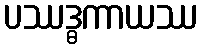
ပဿဒ္ဓကာယဿ